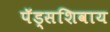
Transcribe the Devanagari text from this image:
पॅड्सशिवाय